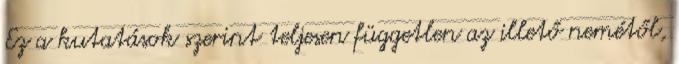
Ez a kutatások szerint teljesen független az illető nemétől,